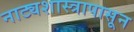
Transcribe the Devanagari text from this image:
नाट्यशास्त्रापासून